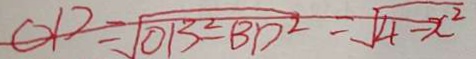
O D = \sqrt { O B ^ { 2 } - B D ^ { 2 } } = \sqrt { 4 - x ^ { 2 } }